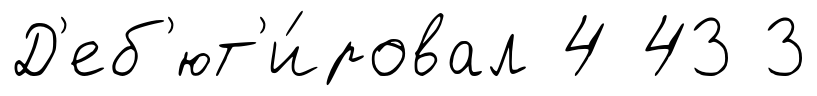
Д'еб'ют'и́ровал 4 43 3